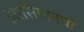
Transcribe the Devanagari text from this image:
आसियानची